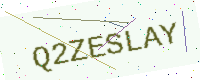
Text: Q2ZESLAY